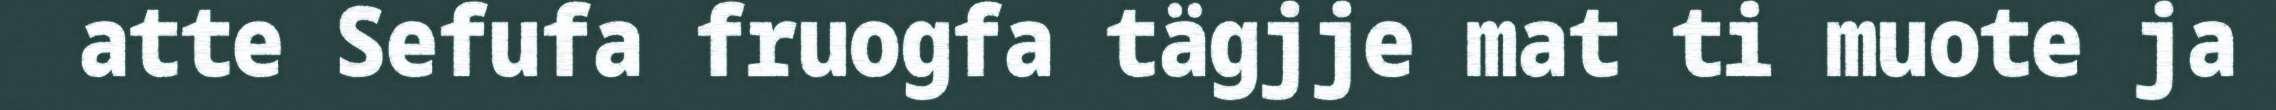
atte Sefufa fruogfa tägjje mat ti muote ja